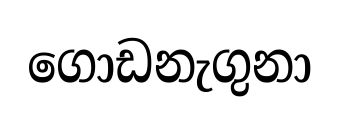
ගොඩනැගුනා